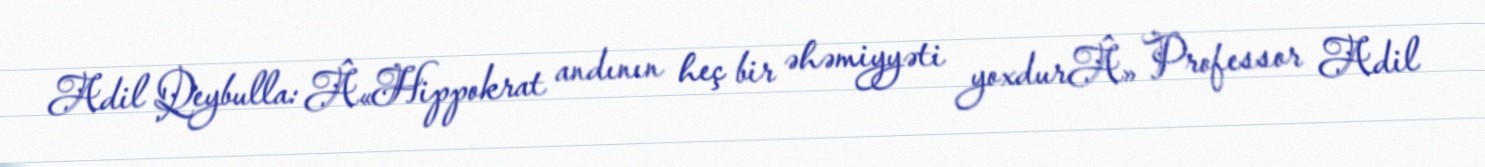
Adil Qeybulla: Â«Hippokrat andının heç bir əhəmiyyəti yoxdurÂ» Professor Adil